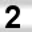
Digit: 2